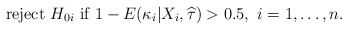
\begin{align*}\mbox{ reject } H_{0i} \mbox{ if } 1-E(\kappa_i|X_i,\widehat{\tau}) > 0.5, \mbox{ $i=1,\dots,n$}.\end{align*}